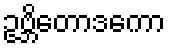
ဥဗ္ဘိတောဒကော